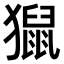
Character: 𤢡